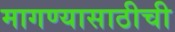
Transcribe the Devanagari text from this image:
मागण्यासाठीची